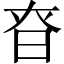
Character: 昚